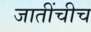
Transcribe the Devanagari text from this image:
जातींचीच